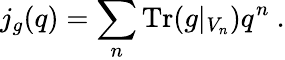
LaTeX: j_{g}(q)=\sum_{n}\mathrm{Tr}(g|_{V_{n}})q^{n}\ .